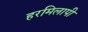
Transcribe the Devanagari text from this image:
हरमिलापी